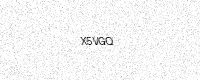
Text: X5VGQ